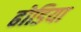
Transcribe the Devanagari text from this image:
ढोडिया